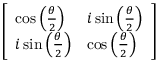
\left[ \begin{array} { l l } { \cos \left( { \frac { \theta } { 2 } } \right) } & { i \sin \left( { \frac { \theta } { 2 } } \right) } \\ { i \sin \left( { \frac { \theta } { 2 } } \right) } & { \cos \left( { \frac { \theta } { 2 } } \right) } \end{array} \right]